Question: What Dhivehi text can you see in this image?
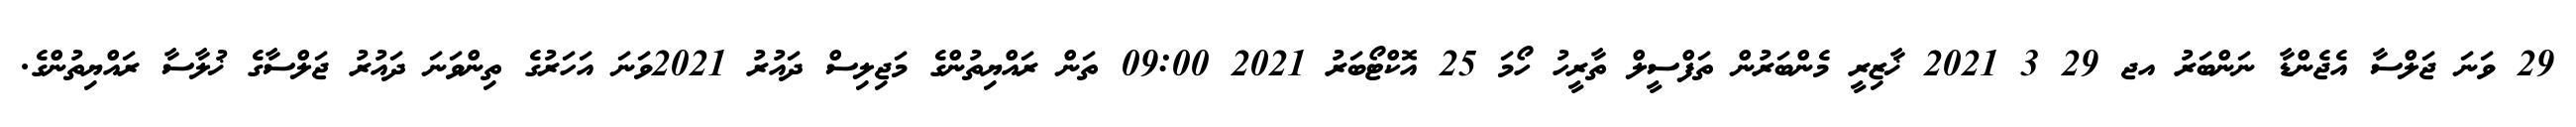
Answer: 29 ވަނަ ޖަލްސާ އެޖެންޑާ ނަންބަރު އޖ 29 3 2021 ޚާޒިރީ މެންބަރުން ތަފްސީލް ތާރީހު ހޯމަ 25 އޮކްޓޯބަރު 2021 09:00 ތަން ރައްޔިތުންގެ މަޖިލިސް ދައުރު 2021ވަނަ އަހަރުގެ ތިންވަނަ ދައުރު ޖަލްސާގެ ޚުލާސާ ރައްޔިތުންގެ.